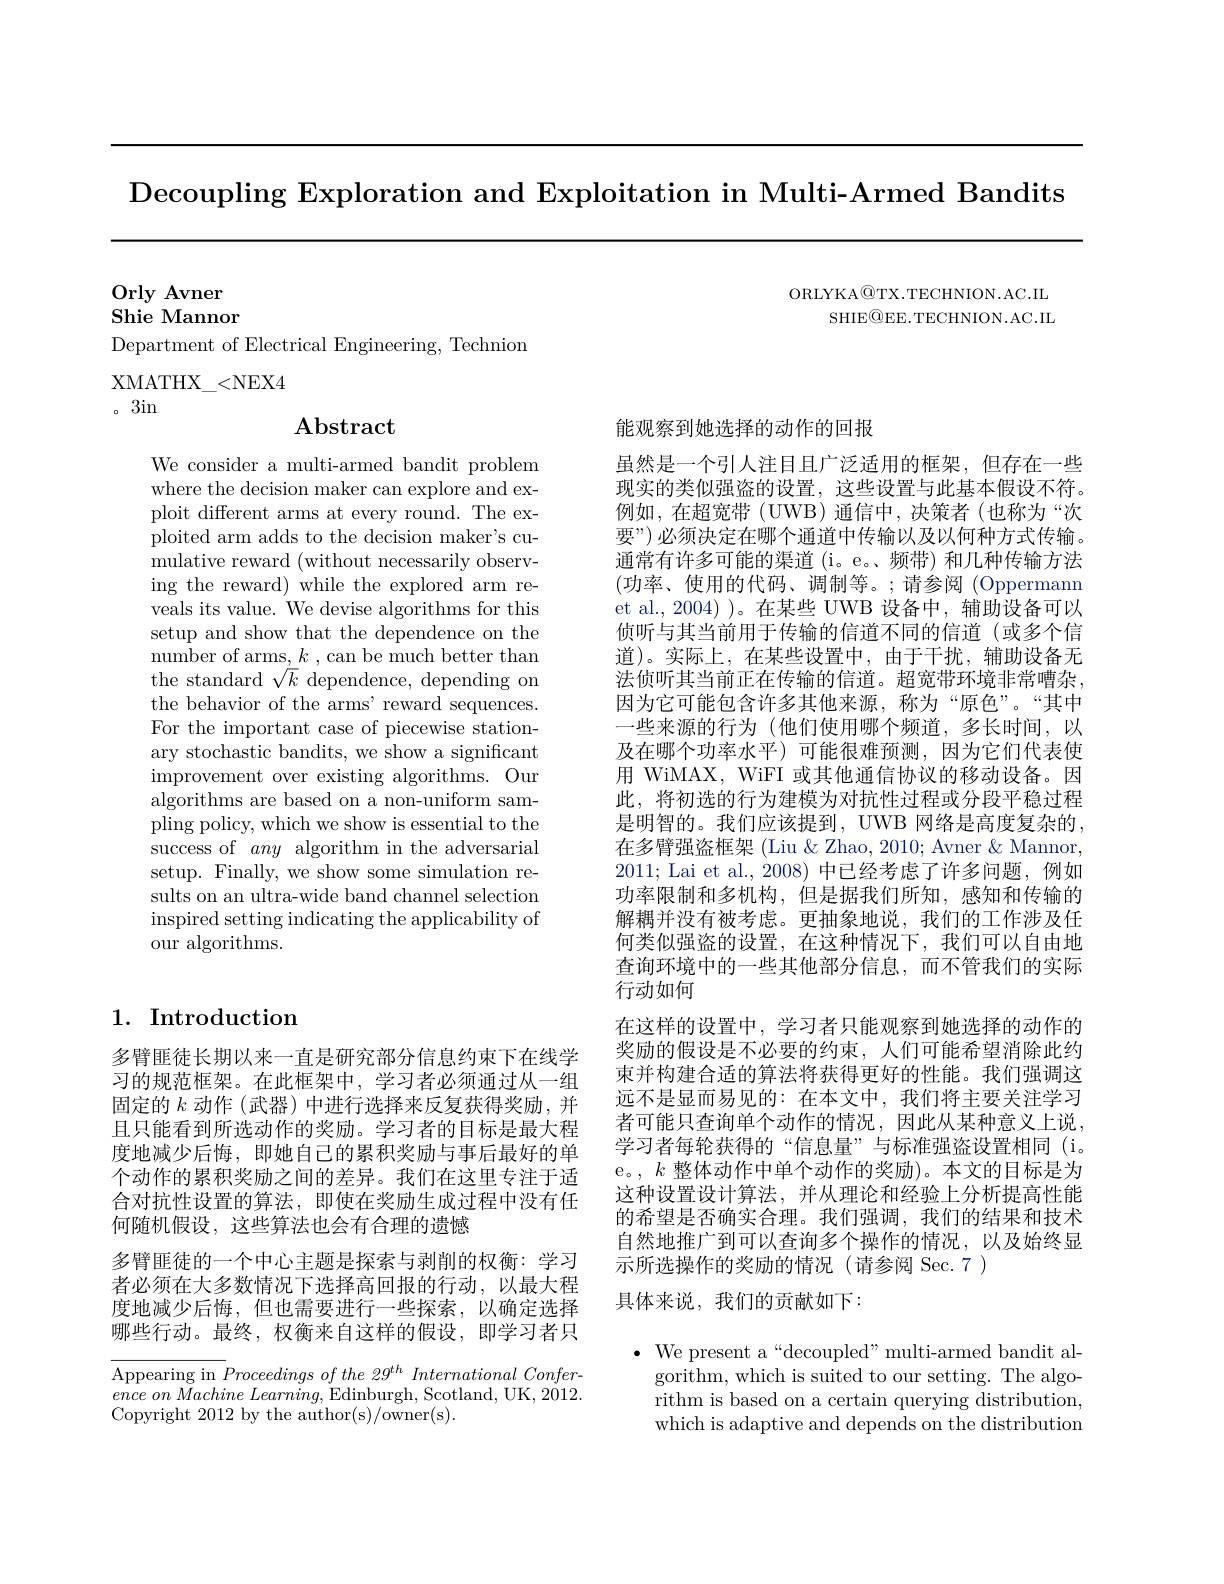
Decoupling Exploration and Exploitation in Multi- Armed Bandits

ORLYKA@TX.TECHNION.AC.IL
SHIE$\textcircled{\mathrm{OEE.TECHNION.AC.IL}}$

Orly Avner
Shie Mannor

Department of Electrical Engineering, Technion
XMATHX$\_$< NEX4
。3in

## $\mathbf{Abstract}$

We consider a multi-armed bandit problem where the decision maker can explore and exploit different arms at every round. The exploited arm adds to the decision maker's cumulative reward (without necessarily observing the reward) while the explored arm reveals its value. We devise algorithms for this setup and show that the dependence on the number of arms, $k$ , can be much better than the standard $\sqrt{k}$ dependence, depending on the behavior of the arms' reward sequences. For the important case of piecewise stationary stochastic bandits, we show a significant improvement over existing algorithms. Our algorithms are based on a non-uniform sampling policy, which we show is essential to the success of any algorithm in the adversarial setup. Finally, we show some simulation results on an ultra-wide band channel selection inspired setting indicating the applicability of our algorithms.

## 1. Introduction

多臂匪徒长期以来一直是研究部分信息约束下在线学习的规范框架。在此框架中，学习者必须通过从一组固定的$k$动作 (武器)中进行选择来反复获得奖励，并且只能看到所选动作的奖励。学习者的目标是最大程度地减少后悔，即她自己的累积奖励与事后最好的单个动作的累积奖励之间的差异。我们在这里专注于适合对抗性设置的算法，即使在奖励生成过程中没有任何随机假设，这些算法也会有合理的遗憾
多臂匪徒的一个中心主题是探索与剥削的权衡：学习者必须在大多数情况下选择高回报的行动，以最大程度地减少后悔，但也需要进行一些探索，以确定选择哪些行动。最终，权衡来自这样的假设，即学习者只Appearing in $Proceedingsofthe29^{th}InternationalConfer-$

ence $on$ Machine $Learning$, Edinburgh, Scotland, UK, 2012.
Copyright 2012 by the author(s)/owner(s).

## 能观察到她选择的动作的回报

虽然是一个引人注目且广泛适用的框架，但存在一些现实的类似强盗的设置，这些设置与此基本假设不符。例如，在超宽带(UWB)通信中，决策者(也称为“次要”)必须决定在哪个通道中传输以及以何种方式传输。通常有许多可能的渠道(i。e。、频带)和几种传输方法(功率、使用的代码、调制等。;请参阅 (Oppermann et al.,2004))。在某些 UWB 设备中，辅助设备可以侦听与其当前用于传输的信道不同的信道(或多个信道)。实际上，在某些设置中，由于干扰，辅助设备无法侦听其当前正在传输的信道。超宽带环境非常嘈杂， 因为它可能包含许多其他来源，称为“原色”。“其中一些来源的行为(他们使用哪个频道，多长时间，以及在哪个功率水平)可能很难预测，因为它们代表使用 WiMAX, WiFI 或其他通信协议的移动设备。因此，将初选的行为建模为对抗性过程或分段平稳过程是明智的。我们应该提到，UWB 网络是高度复杂的， 在多臂强盗框架 (Liu & Zhao, 2010; Avner & Mannor, 2011; Lai et al., 2008) 中已经考虑了许多问题，例如功率限制和多机构，但是据我们所知，感知和传输的解耦并没有被考虑。更抽象地说，我们的工作涉及任何类似强盗的设置，在这种情况下，我们可以自由地查询环境中的一些其他部分信息，而不管我们的实际行动如何
在这样的设置中，学习者只能观察到她选择的动作的奖励的假设是不必要的约束，人们可能希望消除此约束并构建合适的算法将获得更好的性能。我们强调这远不是显而易见的：在本文中，我们将主要关注学习者可能只查询单个动作的情况，因此从某种意义上说， 学习者每轮获得的“信息量”与标准强盗设置相同(i。e。, $k$整体动作中单个动作的奖励)。本文的目标是为这种设置设计算法，并从理论和经验上分析提高性能的希望是否确实合理。我们强调，我们的结果和技术自然地推广到可以查询多个操作的情况，以及始终显示所选操作的奖励的情况(请参阅 Sec.7)
具体来说，我们的贡献如下：

$\bullet$ We present a“decoupled”multi-armed bandit al-
gorithm, which is suited to our setting. The algorithm is based on a certain querying distribution, which is adaptive and depends on the distribution